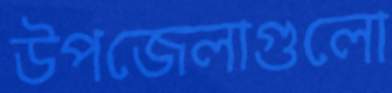
উপজেলাগুলো